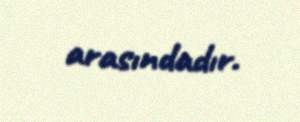
arasındadır.